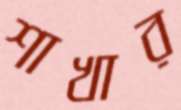
শাখার